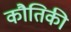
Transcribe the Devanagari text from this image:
कौतिकी